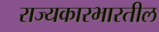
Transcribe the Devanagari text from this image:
राज्यकारभारतील